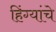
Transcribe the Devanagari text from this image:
हिंग्यांचे